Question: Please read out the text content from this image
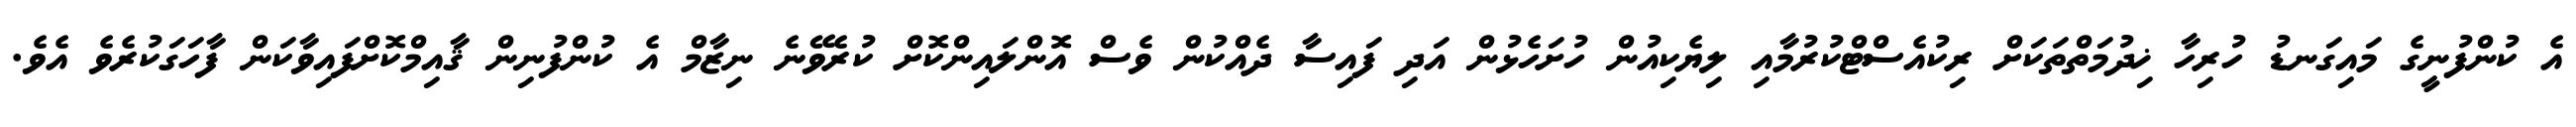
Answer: އެ ކުންފުނީގެ މައިގަނޑު ހުރިހާ ޚިދުމަތްތަކަށް ރިކުއެސްޓްކުރުމާއި ލިޔެކިއުން ހުށަހެޅުން އަދި ފައިސާ ދެއްކުން ވެސް އޮންލައިންކޮށް ކުރެވޭނެ ނިޒާމް އެ ކުންފުނިން ޤާއިމްކޮށްފައިވާކަން ފާހަގަކުރެވެ އެވެ.